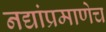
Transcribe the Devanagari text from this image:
नद्यांप्रमाणेच